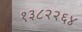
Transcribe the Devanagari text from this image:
१३८२२६४